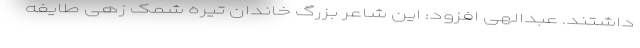
داشتند. عبدالهی افزود: این شاعر بزرگ خاندان تیره شَمَک زهی طایفه